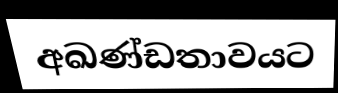
අඛණ්ඩතාවයට